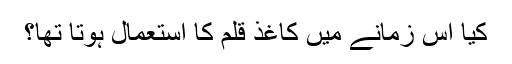
کیا اس زمانے میں کاغذ قلم کا استعمال ہوتا تھا؟